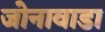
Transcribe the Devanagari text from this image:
जोनावाडा